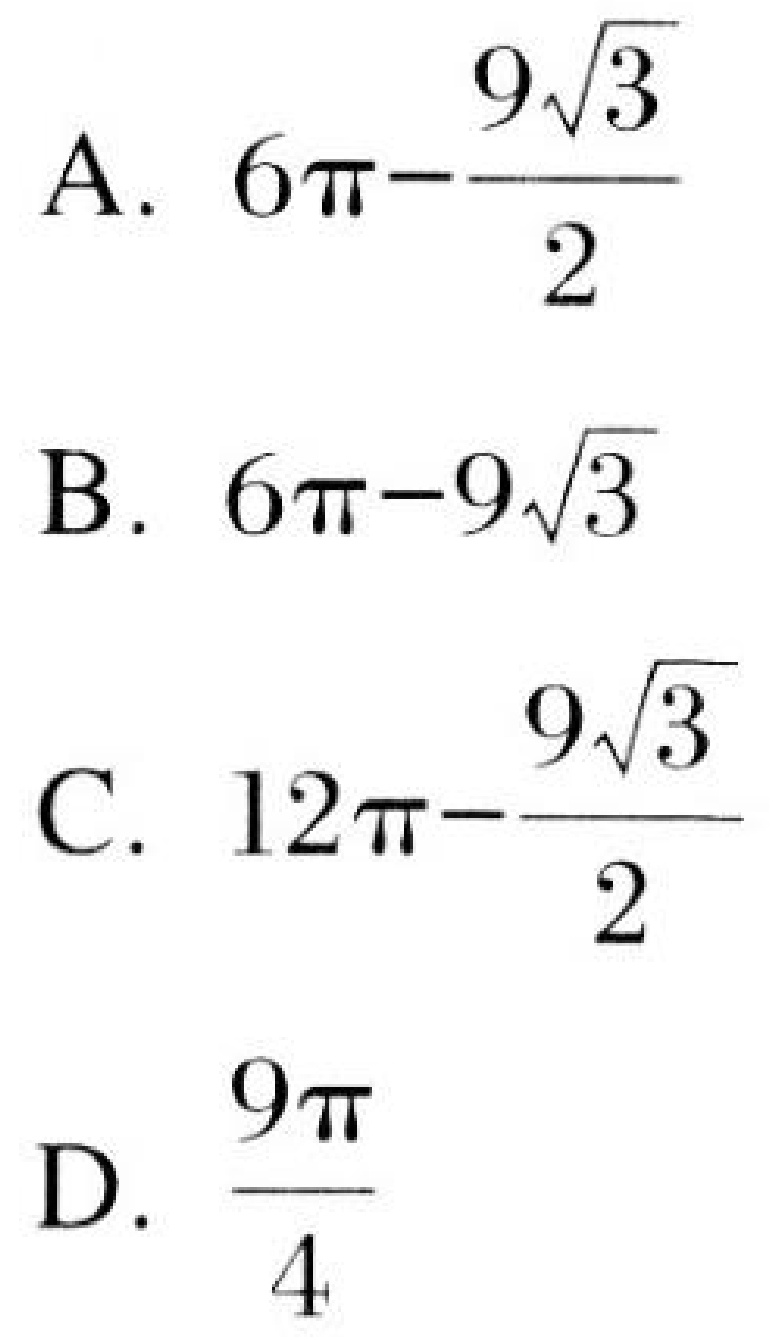
A. \(6\pi-\dfrac{9\sqrt{3}}{2}\)
B. \(6\pi - 9\sqrt{3}\)
C. \(12\pi-\dfrac{9\sqrt{3}}{2}\)
D. \(\dfrac{9\pi}{4}\)